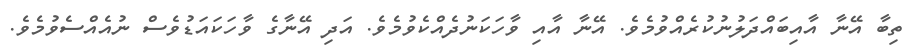
ތިބާ އޭނާ އާއިބައްދަލުނުކުރެއްވުމެވެ. އޭނާ އާއި ވާހަކަނުދެއްކެވުމެވެ. އަދި އޭނާގެ ވާހަކައަޑުވެސް ނުއެއްސެވުމެވެ.